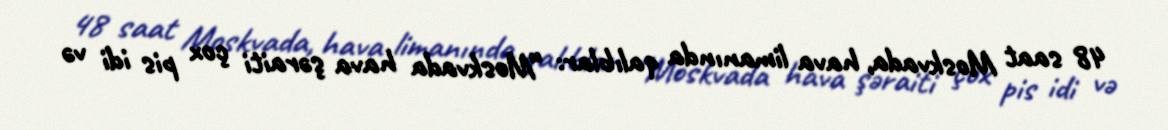
48 saat Moskvada, hava limanında qalıblar: “Moskvada hava şəraiti çox pis idi və